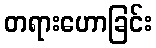
တရားဟောခြင်း